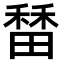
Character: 𬓷